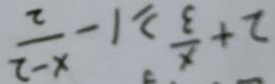
2 + \frac { x } { 3 } \geq 1 - \frac { x - 2 } { 2 }